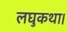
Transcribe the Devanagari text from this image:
लघुकथा।